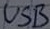
Text: USB